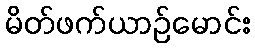
မိတ်ဖက်ယာဉ်မောင်း